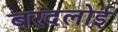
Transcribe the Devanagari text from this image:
बरदलोई